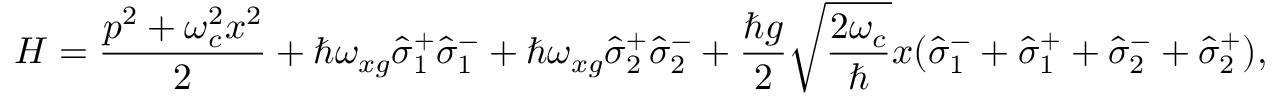
H = \frac { p ^ { 2 } + \omega _ { c } ^ { 2 } x ^ { 2 } } { 2 } + \hbar \omega _ { x g } \hat { \sigma } _ { 1 } ^ { + } \hat { \sigma } _ { 1 } ^ { - } + \hbar \omega _ { x g } \hat { \sigma } _ { 2 } ^ { + } \hat { \sigma } _ { 2 } ^ { - } + \frac { \hbar g } { 2 } \sqrt { \frac { 2 \omega _ { c } } { \hbar } } x ( \hat { \sigma } _ { 1 } ^ { - } + \hat { \sigma } _ { 1 } ^ { + } + \hat { \sigma } _ { 2 } ^ { - } + \hat { \sigma } _ { 2 } ^ { + } ) ,